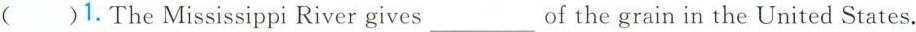
( )1.The Mississippi River gives ___ of the grain in the United States